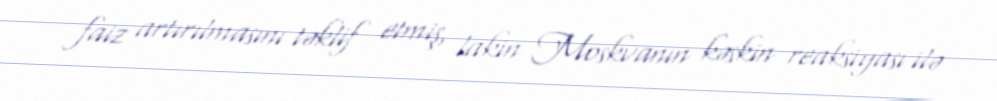
faiz artırılmasını təklif etmiş, lakin Moskvanın kəskin reaksiyası ilə